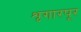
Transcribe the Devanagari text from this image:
शृगारपूर